Leaving Certificate Examination (including Day School Certificate (Higher) General paper), 1926
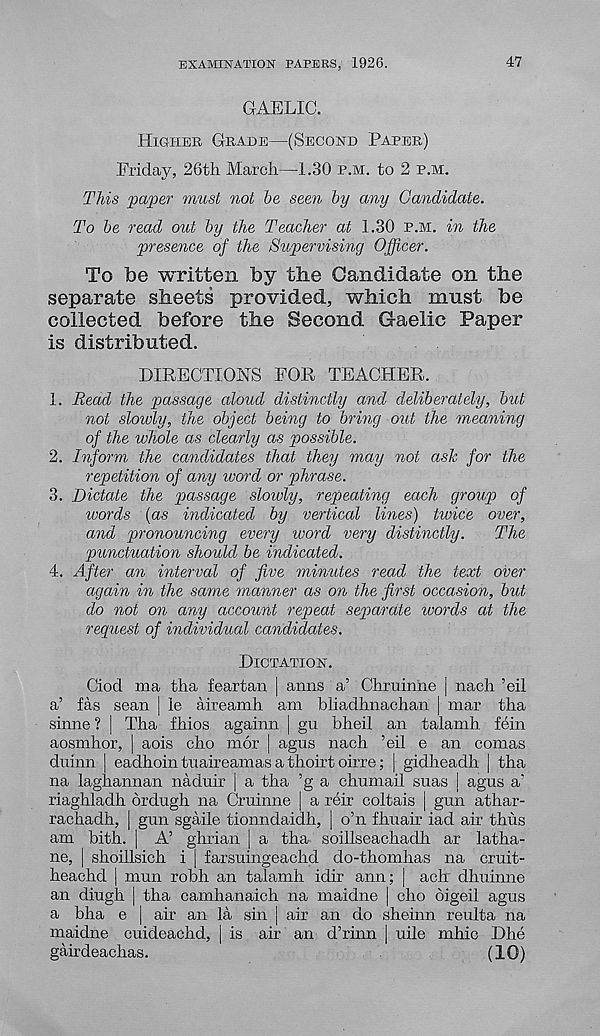
EXAMINATION PAPERS, 1926.
47
GAELIC.
Higher Grade—(Second Paper)
Friday, 26th March—1.30 p.m. to 2 p.m.
This paper must not he seen by any Candidate.
To he read out by the Teacher at 1.30 p.m. in the
presence of the Supervising Officer.
To be written by the Candidate on the
separate sheets provided, which must be
collected before the Second Gaelic Paper
is distributed.
DIRECTIONS FOR TEACHER.
1. Read the passage aloud distinctly and deliberately, but
not slowly, the object being to bring end the meaning
of the whole as clearly as possible.
2. Inform the candidates that they may not ask for the
repetition of any word or phrase.
3. Dictate the passage slowly, repeating each group of
words (as indicated by vertical lines) twice over,
and pronouncing every ivord very distinctly.
The
punctuation should, be indicated.
4. After an interval of five minutes read the text over
again in the same manner as on the first occasion, but
do not on any account repeat separate words at the
request of individual candidates.
Dictation.
Ciod ma tha fear tan | aims a’ Chminne ] nach ’eil
a’ fas sean | le aireamh am bliadhnachan | mar tha
sinne ? | Tha fhios againn | gu bheil an talamh fein
aosmhor, | aois cho mor | agus nach ’eil e an comas
duinn | eadhoin tuaireamas a thoirt oirre; | gidheadh | tha
na laghannan naduir | a tha ’g a chumail suas [ agus a'
riaghladh ordugh na Cruinne | a reir coltais | gun athar-
rachadh, | gun sgaile tionndaidh, | o’n fhuair iad air thus
am bith. | A’ ghxiari | a tha soillseachadh ar latha-
ne, j shoillsich i | farsuingeachd do-thomhas na cruit-
heachd | mun robh an talamh idir ann; | ach dhuinne
an diugh | tha camhanaich na maidne | cho oigeil agus
a bha e | air an la sin | air an do sheinn reulta na
maidne cuideachd, | is air an d’rinn | uile mhic Dhe
gairdeachas.
(10)